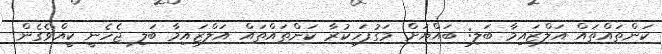
ކަންތައްތައް އަލްޒައިމާ ބަލި: ބައްޔަށް މަގުފަހިކުރާ ކަންތައްތައް އަލްޒައިމާ ބަލި ޖެހެނީ ކީއްވެގެން